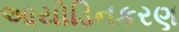
આયોડિનકરણ